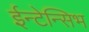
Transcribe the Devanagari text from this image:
ईन्टेन्सिभ